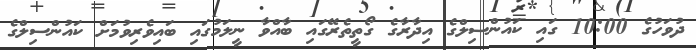
ދުވަހުގެ 10:00 ގައި ކައުންސިލްގެ އިދާރާގެ ގޯތީތެރޭގައި ބާއްވާ ނީލަމުގައި ބައިވެރިވުމަށް ކައުންސިލްގެ